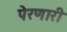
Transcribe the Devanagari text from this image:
पेरणारी